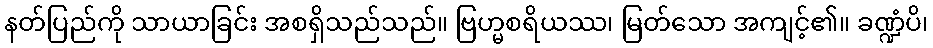
နတ်ပြည်ကို သာယာခြင်း အစရှိသည်သည်။ ဗြဟ္မစရိယဿ၊ မြတ်သော အကျင့်၏။ ခဏ္ဍံပိ၊